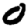
Digit: 0